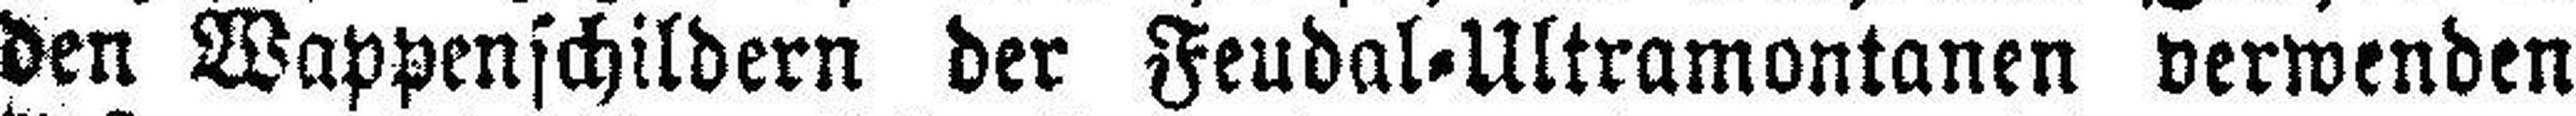
den Wappenschildern der Feudal=Ultramontanen verwenden